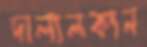
দালালকান